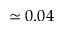
\simeq 0 . 0 4